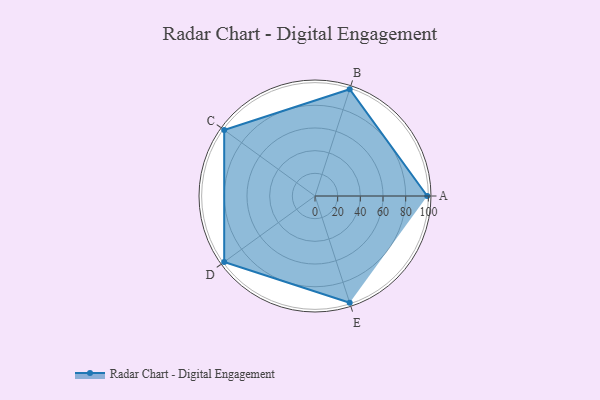
{"axis": {"x": "Skill", "y": "Score"}, "legend": ["Profile"], "data": [{"x": "A", "y": 99, "type": "Profile"}, {"x": "B", "y": 99, "type": "Profile"}, {"x": "C", "y": 99, "type": "Profile"}, {"x": "D", "y": 99, "type": "Profile"}, {"x": "E", "y": 99, "type": "Profile"}]}